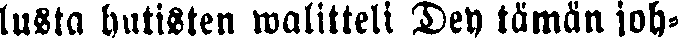
lusta hutisten walitteli Dey tämän joh-